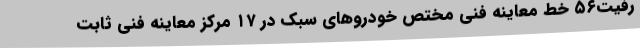
رفیت۵۶ خط معاینه فنی مختص خودروهای سبک در ۱۷ مرکز معاینه فنی ثابت